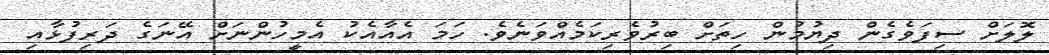
ލޮލަށް ސިފަވެގެން ދިޔުމުން ހިތަށް ބިރުވެރިކަމެއްވަނެވެ. ހަމަ އެއާއެކު އެމީހުންނަށް އޭނަގެ ދަރިފުޅާއި